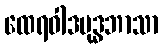
ထေရဝါဒဗုဒ္ဓဘာသာ